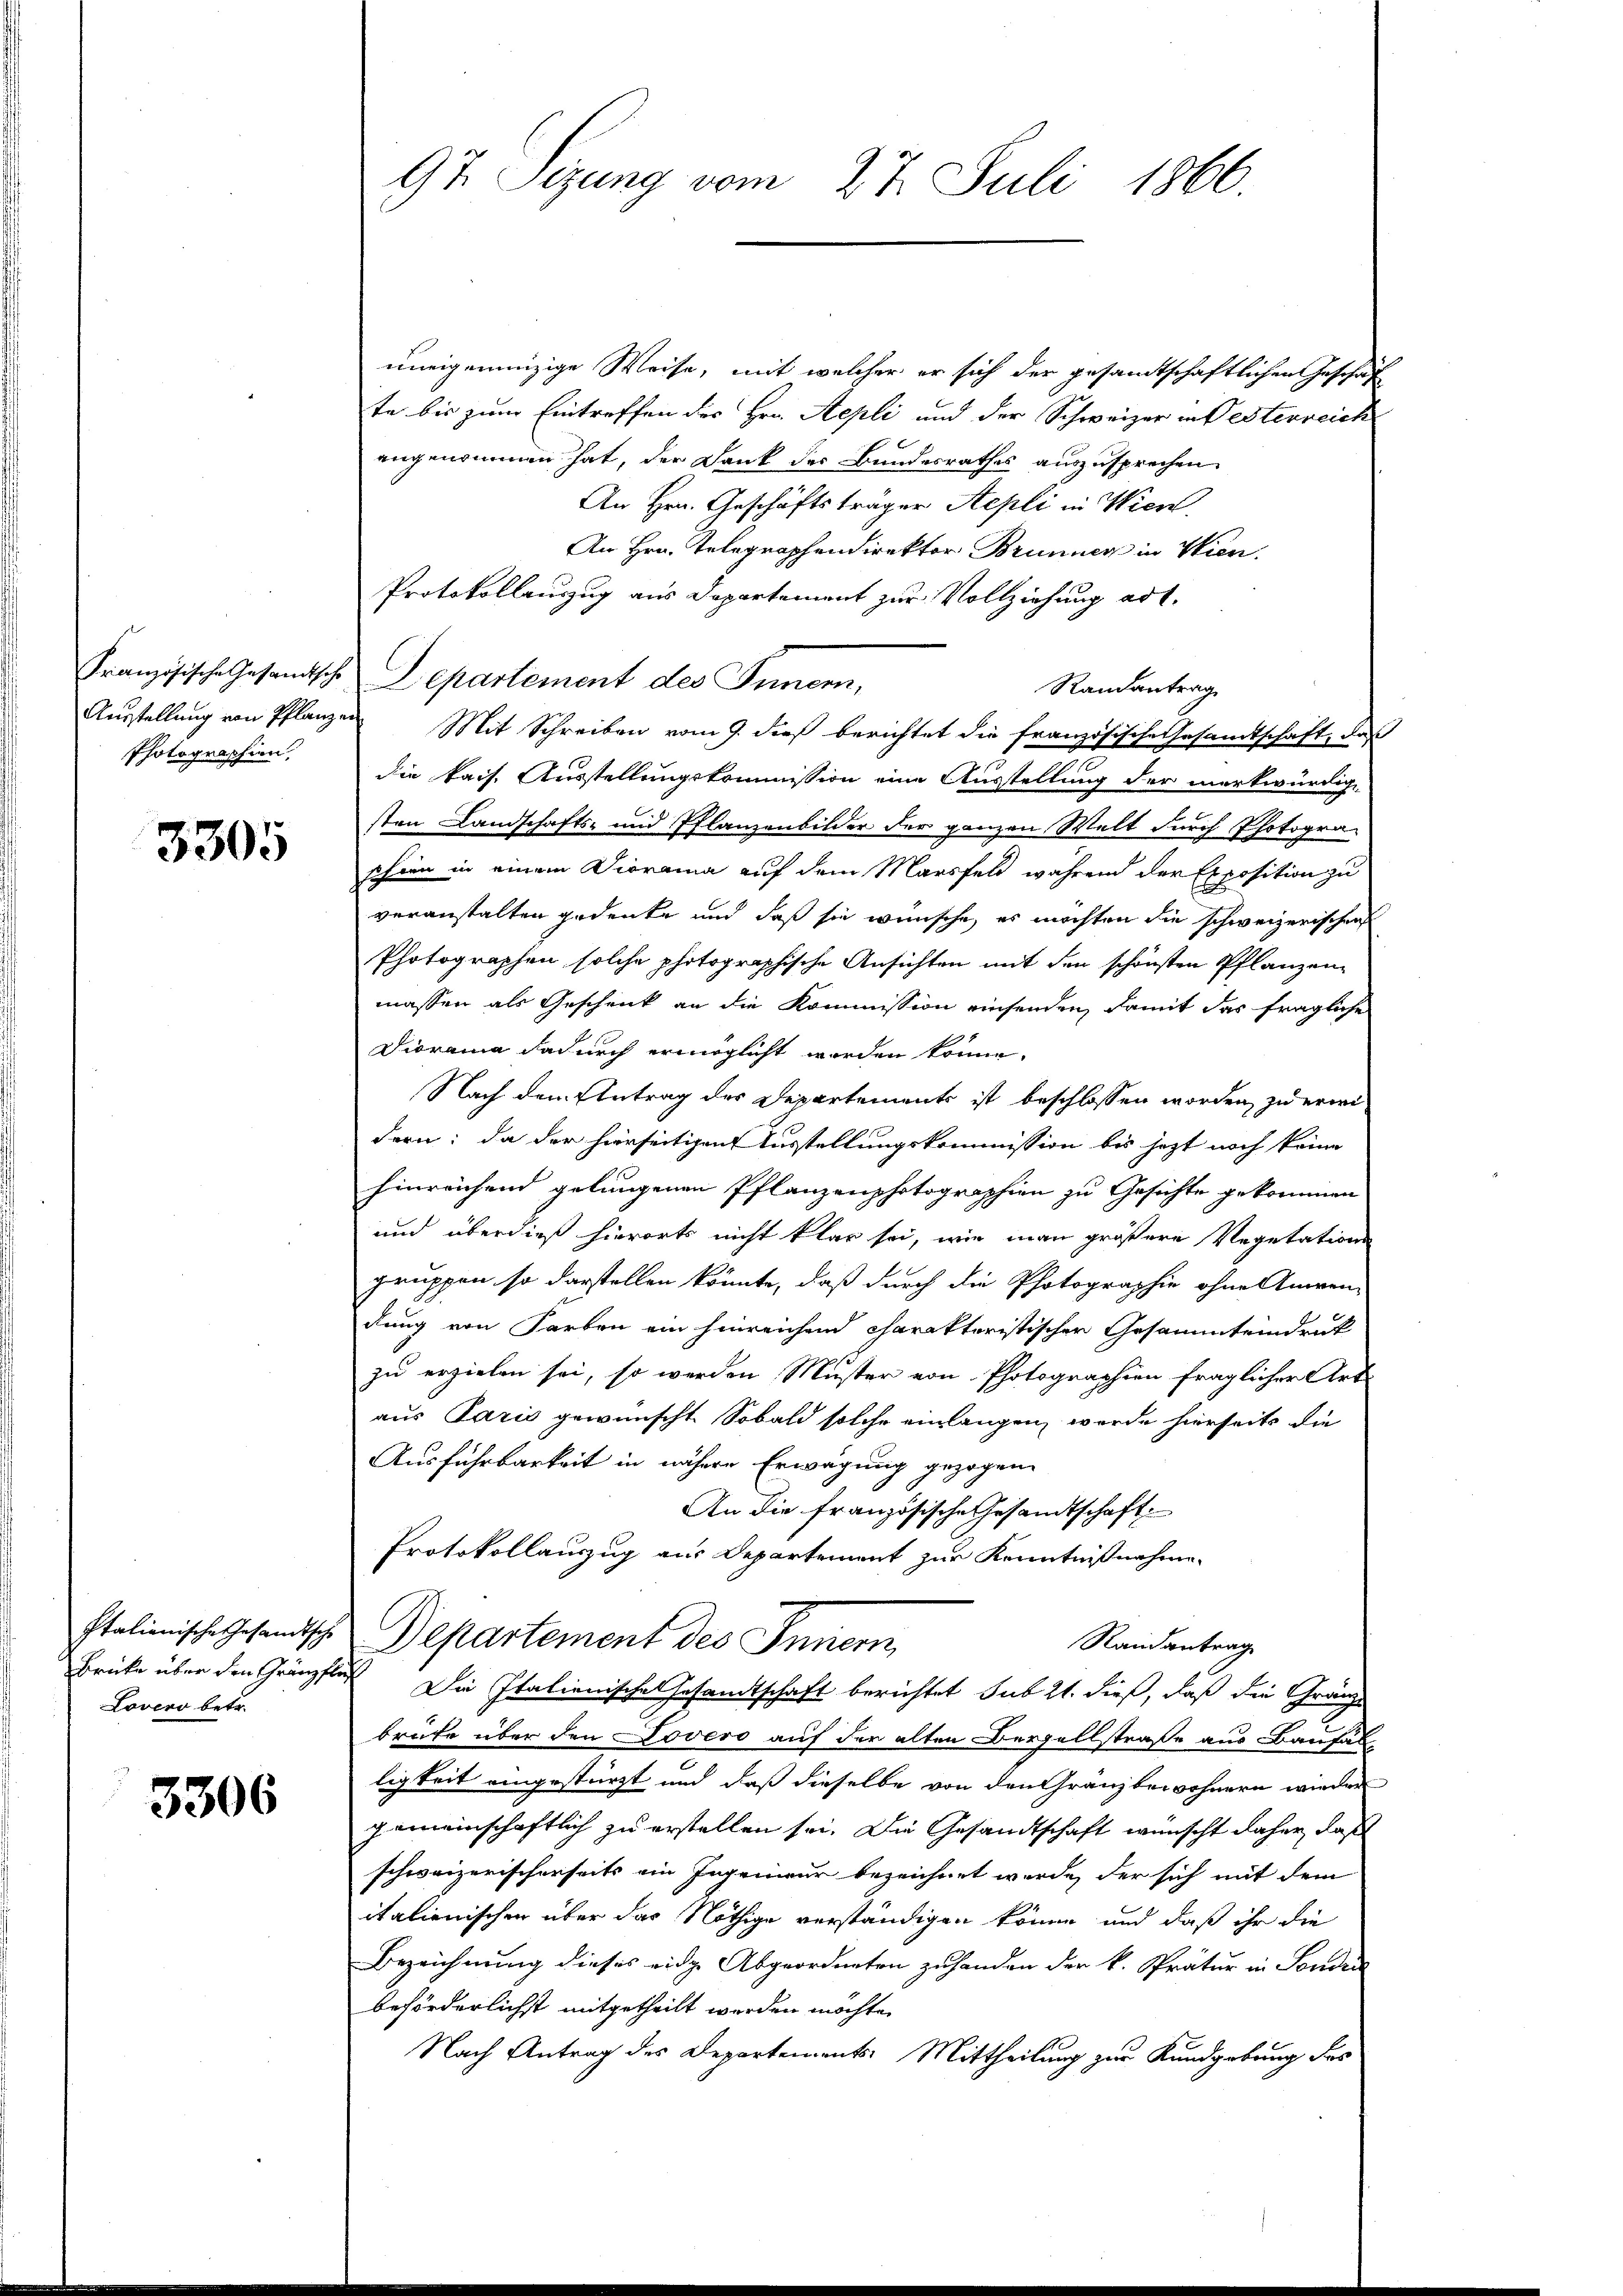
Französische Gesandtsche
Ausstellung von Pflanze
Photographien,

3305

Italienische Gesandtsche
Brücke über den Gränz
Lovero betr.

3306

97. Sizung vom 27. Juli 1866.

uneigenunzige Weise, mit welcher er sich der gesandtschaftlichen Geschäf
te bis zum Eintreffen des Hrn. Aepli und der Schweizer in Besterreich
angenommen hat, der Dank des Bundesrathes auszusprechen
An Hrn. Geschäftsträger Stepli in Wien.
An Hrn. Telegraphendirektor Brunnen in Wien.
Protokollenzug aus Departement zur Vollziehung ad 1.
Departement des Funcen,
Randantrag
Mit Schreiben vom 9. dieß berichtet die französische Gesandtschaft, daß
die kais. Ausstellungskommission eine Ausstellung der merkwürdige
sten Landschafts- und Pflanzenbilder der ganzen Welt durch Photograschien in einem Diorama auf dem Marsfeld während der Exposition zu
veranstalten gedenke und daß sie wünsche, es möchten die schweizerischen
Photographen solche photographische Ansichten mit den schönsten Pflanzenmassen als Geschenk an die Kommission einsenden, damit das fragliche
Diorama dadurch ermöglicht worden könne.
Nach dem Antrag des Departements ist beschlossen worden, zu erwi
dern: da der hierseitigen Ausstellungskommission bis jezt noch keine
hinreichend gelungenen Pflanzenphotographien zu Gesichte gekommen
und überdieß hierorts nicht klar sei, wie man größere Vegetations-
gruppen so darstellen könnte, daß durch die Photographie ohne Anwen-
dung von Farben ein hinreichend charakteristischer Gesammteindruck
zu erzielen sei, so werden Muster von Photographien fraglicher Art
aus Paris gewünscht. Sobald solche einlangen, werde hierseits die
Ausführbarkeit in nähere Erwägung gezogen.
An die französische Gesandtschaft
Protokollauszug aus Departement zur Kenntnißnahme.
Departement des Innern,
Randantrag
I Die Italienische Gesandtschaft berichtet sub 21. dieß, daß die Gränzbrufe über den Jovero auf der alten Bergellstraße aus Baufäll
ligkeit eingestürzt und daß dieselbe von den Granz bewohnern wieder
gemeinschaftlich zu erstellen sei. Die Gesandtschaft wünscht daher, daß
schweizerischerseits ein Ingenieur bezeichnet werde, der sich mit dem
italienischen über das Nöthige verständigen könne und daß ihr die
Bezeichnung dieses eidge Abgeordneten zuhanden der k. Prätur in Sonder
beförderlichst mitgetheilt werden möchte.
Nach Antrag des Departements: Mittheilung zur Kundgebung des